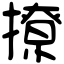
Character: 撩